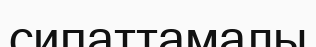
сипаттамалы